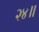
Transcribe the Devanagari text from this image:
२४॥